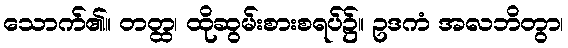
သောက်၏။ တတ္ထ၊ ထိုဆွမ်းစားစရပ်၌။ ဥဒကံ အလဘိတွာ၊